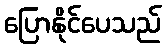
ပြောနိုင်ပေသည်